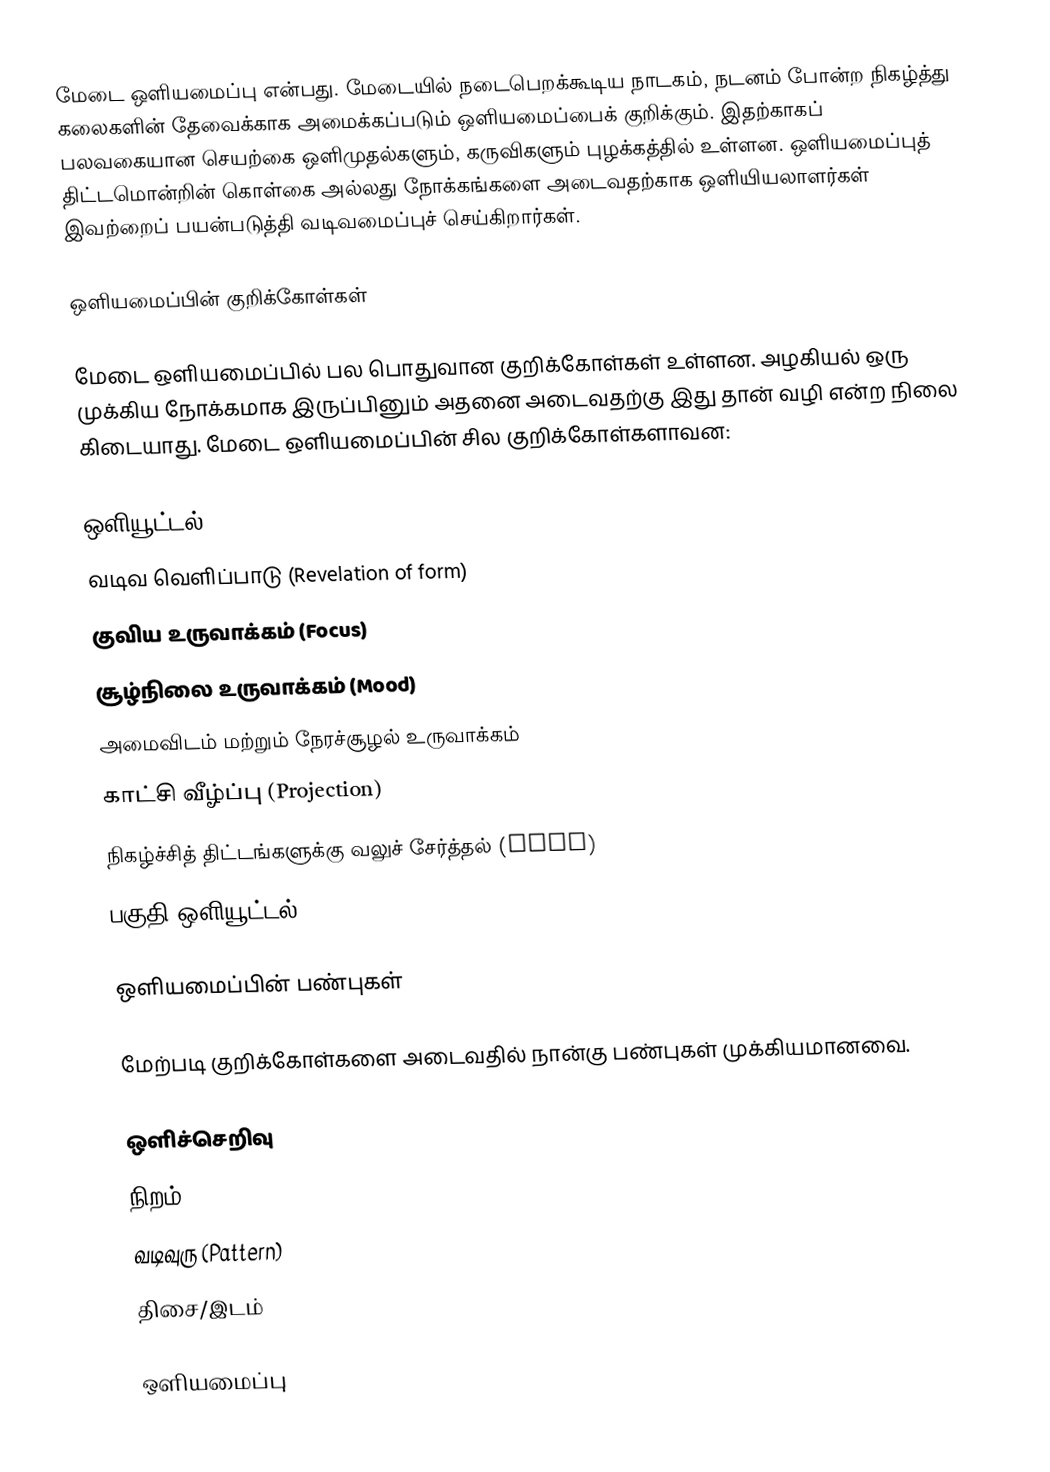
மேடை ஒளியமைப்பு என்பது. மேடையில் நடைபெறக்கூடிய நாடகம், நடனம் போன்ற நிகழ்த்து கலைகளின் தேவைக்காக அமைக்கப்படும் ஒளியமைப்பைக் குறிக்கும். இதற்காகப் பலவகையான செயற்கை ஒளிமுதல்களும், கருவிகளும் புழக்கத்தில் உள்ளன. ஒளியமைப்புத் திட்டமொன்றின் கொள்கை அல்லது நோக்கங்களை அடைவதற்காக ஒளியியலாளர்கள் இவற்றைப் பயன்படுத்தி வடிவமைப்புச் செய்கிறார்கள்.

ஒளியமைப்பின் குறிக்கோள்கள்

மேடை ஒளியமைப்பில் பல பொதுவான குறிக்கோள்கள் உள்ளன. அழகியல் ஒரு முக்கிய நோக்கமாக இருப்பினும் அதனை அடைவதற்கு இது தான் வழி என்ற நிலை கிடையாது. மேடை ஒளியமைப்பின் சில குறிக்கோள்களாவன:

 ஒளியூட்டல் (Illumination)
 வடிவ வெளிப்பாடு (Revelation of form)
 குவிய உருவாக்கம் (Focus)
 சூழ்நிலை உருவாக்கம் (Mood)
 அமைவிடம் மற்றும் நேரச்சூழல் உருவாக்கம்
 காட்சி வீழ்ப்பு (Projection)
 நிகழ்ச்சித் திட்டங்களுக்கு வலுச் சேர்த்தல் (Plot)
 பகுதி ஒளியூட்டல் (Selective visibility)

ஒளியமைப்பின் பண்புகள்

மேற்படி குறிக்கோள்களை அடைவதில் நான்கு பண்புகள் முக்கியமானவை.

 ஒளிச்செறிவு
 நிறம்
 வடிவுரு (Pattern)
 திசை/இடம்

ஒளியமைப்பு